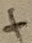
Text: +